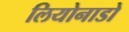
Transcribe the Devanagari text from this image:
लियोनाडो